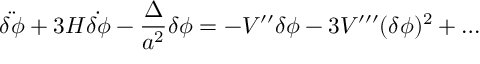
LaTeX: \ddot { \delta \phi } + 3 H \dot { \delta \phi } - \frac { \Delta } { a ^ { 2 } } \delta \phi = - V ^ { \prime \prime } \delta \phi - 3 V ^ { \prime \prime \prime } ( \delta \phi ) ^ { 2 } + \ldots